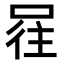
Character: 𭈕